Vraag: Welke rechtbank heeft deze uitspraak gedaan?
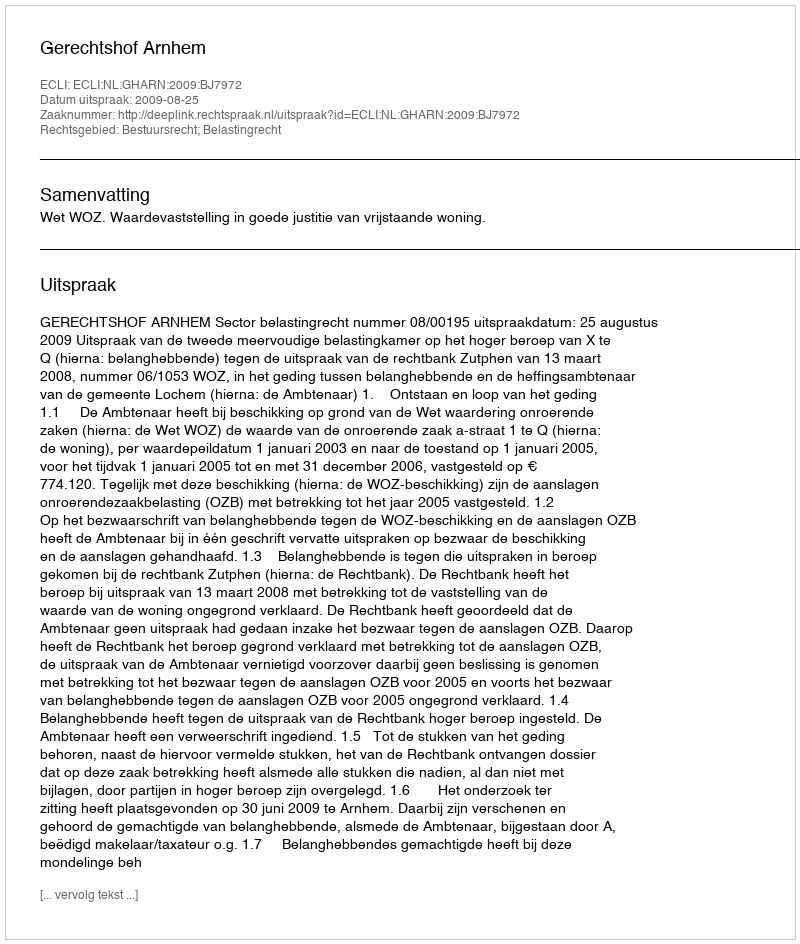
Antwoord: Gerechtshof Arnhem